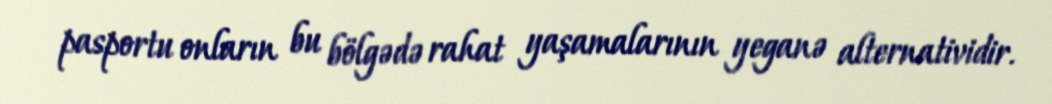
pasportu onların bu bölgədə rahat yaşamalarının yeganə alternatividir.